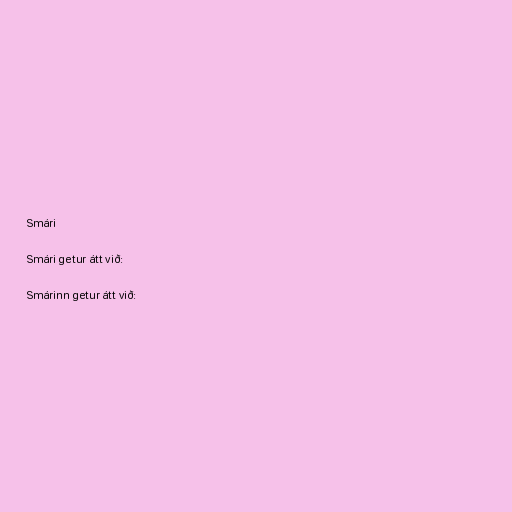
Smári

Smári getur átt við:

Smárinn getur átt við: